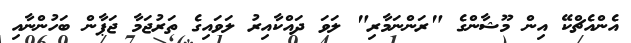
އެންއެޗްކޭ އިން މޫޝާންގެ "ރަންނަމާރި" ލަވަ ދައްކާއިރު ލަވައިގެ ތަރުޖަމާ ޖަޕާން ބަހުންނާއި